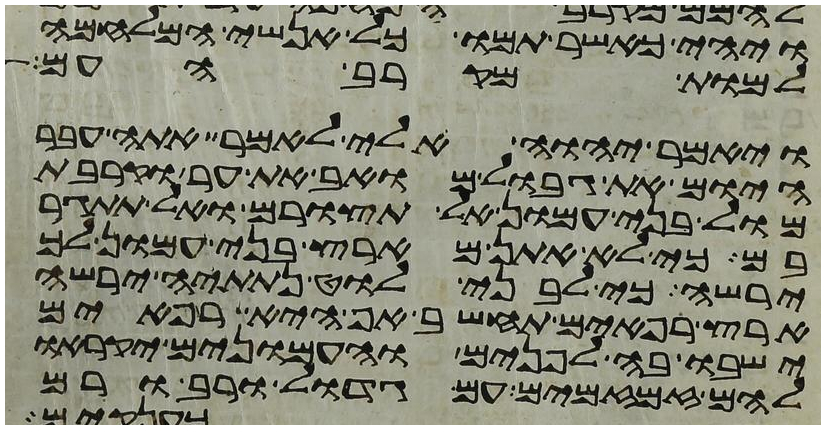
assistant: ויהי כאשר תמו כל אנשי המלחמה
למות מקרב העם
ויאמר יהוה אלי לאמר אתה עבר
היום את גבול מואב את ער וקרבת
מול בני עמון אל תצורם ואל תתגר
בם כי לא אתן מארץ בני עמון לך
ירשה כי לבני לוט נתתיה ירשה
ארץ רפאים תחשב אף היא רפאים
ישבו בה לפנים והעמונים יקראו
להם זמזמים עם גדול ורב ורם